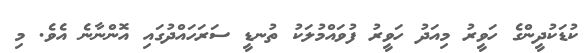
ކުޑަކުދީންގެ ހަވީރު މިއަދު ހަވީރު ފުވައްމުލަކު ތުނޑީ ސަރަހައްދުގައި އޮންނާނެ އެވެ. މި